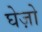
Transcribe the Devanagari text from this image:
घेज़ो